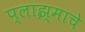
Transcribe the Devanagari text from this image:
प्लाझ्माचे